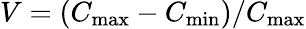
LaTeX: V=(C_{\mathrm{max}}-C_{\mathrm{min}})/C_{\mathrm{max}}